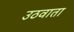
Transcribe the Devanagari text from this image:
उठवाता